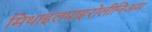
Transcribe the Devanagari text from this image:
मिथाइलपाइरोलीनिअम